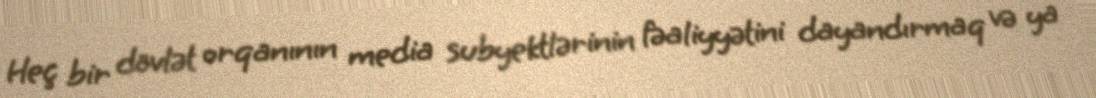
Heç bir dövlət orqanının media subyektlərinin fəaliyyətini dayandırmaq və ya